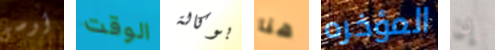
أوصى الوقت بوكالة هنا المؤخره إن